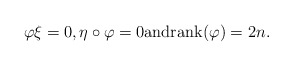
\begin{align*}\varphi\xi = 0, \eta\circ\varphi = 0 {\rm and rank}(\varphi)=2n.\end{align*}